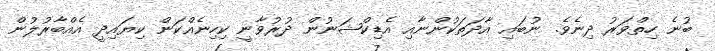
ބުނެ ހިތްވަރު ދިނެވެ. ނުބައި އާދަތަކުންނާއި އެޑިކްޝަނުން ދުރުވާނީ ކިހިނެއްކަން ކިޔައިދީ އެއްބާރުލުން